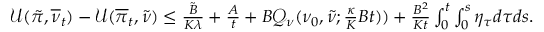
\begin{array} { r } { \mathcal { U } ( \tilde { \pi } , \overline { { \nu } } _ { t } ) - \mathcal { U } ( \overline { { \pi } } _ { t } , \tilde { \nu } ) \leq \frac { \tilde { B } } { K \lambda } + \frac { A } { t } + B \mathcal Q _ { \nu } ( \nu _ { 0 } , \tilde { \nu } ; \frac { \kappa } { K } B t ) ) + \frac { B ^ { 2 } } { K t } \int _ { 0 } ^ { t } \int _ { 0 } ^ { s } \eta _ { \tau } d \tau d s . } \end{array}